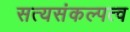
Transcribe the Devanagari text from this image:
सत्यसंकल्पत्व